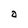
Character: a